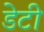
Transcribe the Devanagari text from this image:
डेटी